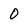
Character: O